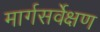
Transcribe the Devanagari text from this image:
मार्गसर्वेक्षण